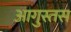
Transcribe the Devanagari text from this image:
आगुस्तस